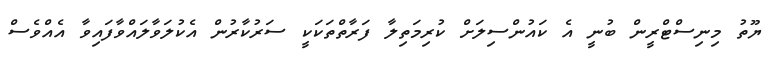
ޔޫތު މިނިސްޓްރީން ބުނީ އެ ކައުންސިލަށް ކުރިމަތިލާ ފަރާތްތަކަކީ ސަރުކާރުން އެކުލަވާލައްވާފައިވާ އެއްވެސް